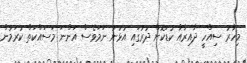
މިހާރު ސިއްހީ ދާއިރާއާ ކުޑަކޮށް ދުރުގައި އުޅުނު ނަމަވެސް އަންނަ މަސައްކަތް ކުރަމުން